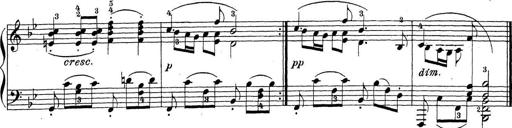
Title: Sonatina Album
Composer: Louis KÃ¶hler